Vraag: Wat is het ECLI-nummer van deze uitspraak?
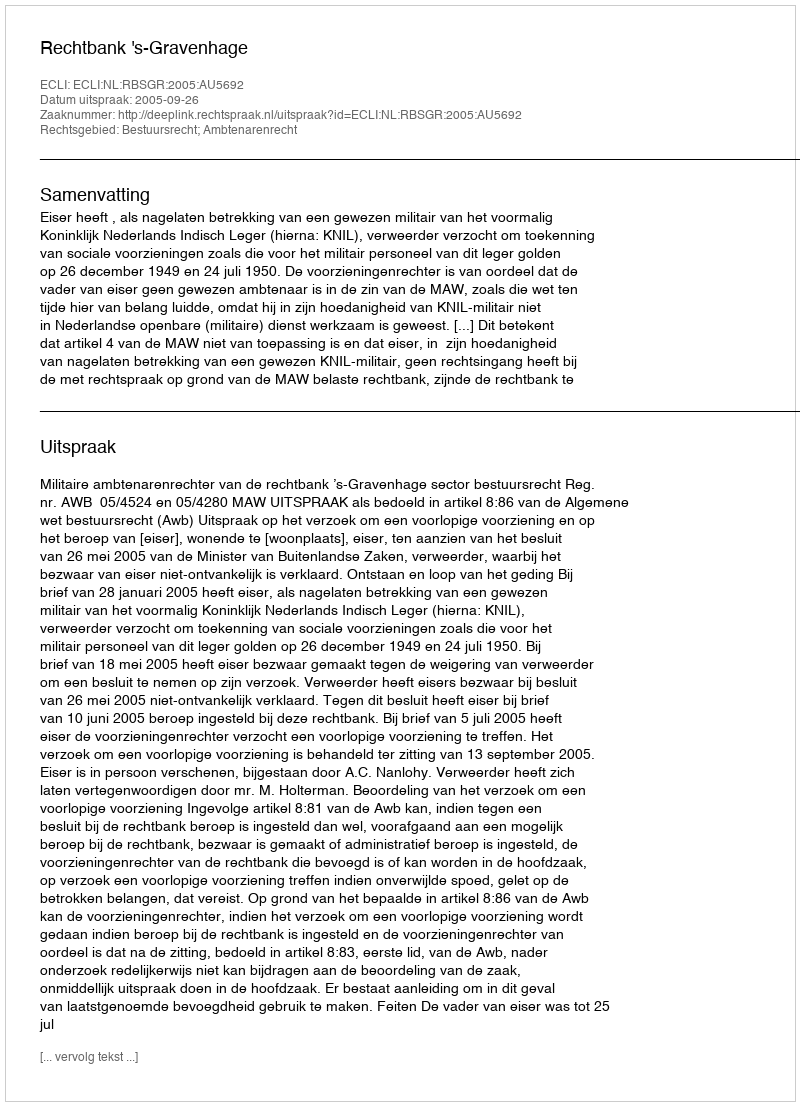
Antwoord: ECLI:NL:RBSGR:2005:AU5692